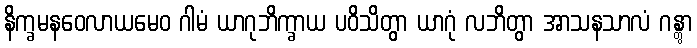
နိက္ခမနဝေလာယမေဝ ဂါမံ ယာဂုဘိက္ခာယ ပဝိသိတွာ ယာဂုံ လဘိတွာ အာသနသာလံ ဂန္တွာ